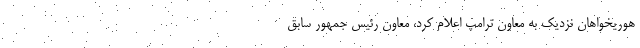
هوریخواهان نزدیک به معاون ترامپ اعلام کرد، معاون رئیس جمهور سابق